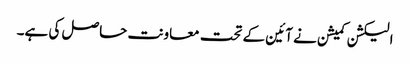
الیکشن کمیشن نے آئین کے تحت معاونت حاصل کی ہے۔